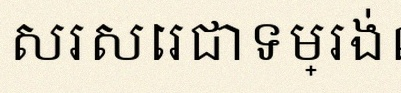
សរសេរជាទម្រង់លីនេអ៊ែរ